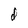
Character: d